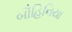
બૌહિનિયા